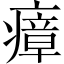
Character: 瘴